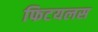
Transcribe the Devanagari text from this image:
फिटयलस